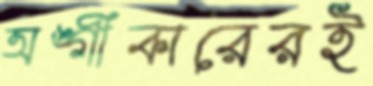
অঙ্গীকারেরই